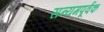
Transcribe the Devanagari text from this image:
सन्यमपूर्वक